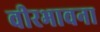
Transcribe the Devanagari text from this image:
वीरभावना